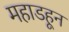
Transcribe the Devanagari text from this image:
महाडहून